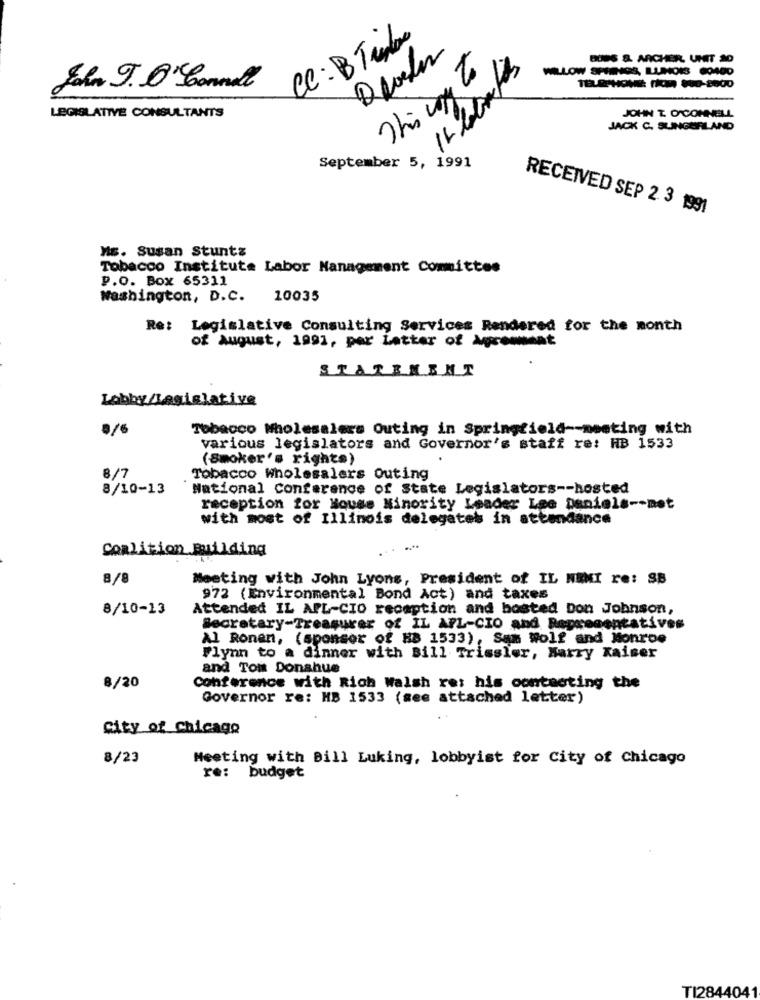
CC: B Telo
BUSS & ARCHER. UNIT 20
This way to its
WLLOW SPRENGS, LUMOIS 604OD
John J.O'Connell
LEGISLATIVE CONSULTANTS
JOHN T. O'CONNELL
JACK C. SLINGERLAND
September 5, 1991
RECEIVED SEP 2. 3 1991
Ms. Susan Stuntz
Tobacco Institute Labor Management Committee
P.O. Box 65311
Washington, D.C. 10035
Re: Legislative Consulting Services Rendered for the month
of August, 1991, por Letter of Aromat
STATEMENT
Lobby/Legislative
0/6
Tobacco Wholesalers Outing in Springfield -- meeting with
various legislators and Governor's staff re: HB 1533
(Smoker's rights)
8/7
Tobacco Wholesalers Outing
8/10-13
National Conference of State Legislators -- hosted
reception for House Minority Leader Lee Daniels -- met
with most of Illinois delegates in attendance
Coalition Building
8/8
Meeting with John Lyons, President of IL NENI re: SB
972 (Environmental Bond Act) and taxes
8/10-13
Attended IL AFL-CIO reception and bosted Don Johnson,
Secretary-Treasurer of IL AFL-CIO and Representatives
Al Ronen, (sponsor of HB 1533), Sam Wolf and Monroe
Flynn to a dinner with Bill Trissler, Harry Kaiser
and Tout Donahue
8/20
Conference with Rich Walsh re: his contmoting the
Governor re: HB 1533 (see attached letter)
City of Chicago
8/23
Meeting with Bill Luking, lobbyist for City of Chicago
re: budget
TI2844041